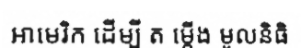
អាមេរិក ដើម្បី ត ម្កើង មូលនិធិ